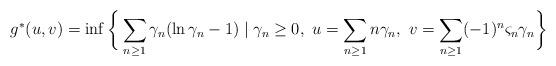
LaTeX: \begin{align*}g^{\ast}(u,v)=\inf\bigg\{\sum_{n\geq1}\gamma_{n}(\ln\gamma_{n}-1)\mid\gamma_{n}\geq0,\ u=\sum_{n\geq1}n\gamma_{n},\ v=\sum_{n\geq1}(-1)^{n}\varsigma_{n}\gamma_{n}\bigg\} \end{align*}